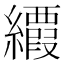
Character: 𦇉